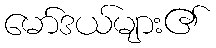
မော်ဒယ်များ၏